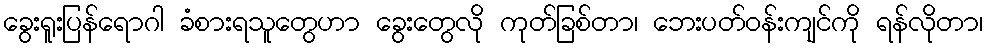
ခွေးရူးပြန်ရောဂါ ခံစားရသူတွေဟာ ခွေးတွေလို ကုတ်ခြစ်တာ၊ ဘေးပတ်ဝန်းကျင်ကို ရန်လိုတာ၊